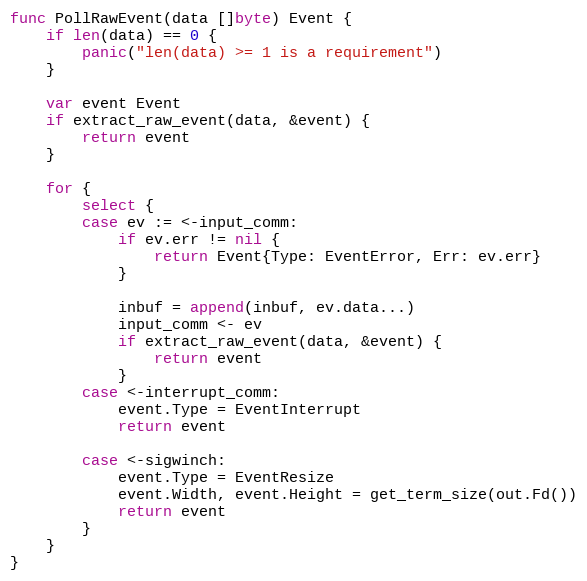
Language: Go
func PollRawEvent(data []byte) Event {
	if len(data) == 0 {
		panic("len(data) >= 1 is a requirement")
	}

	var event Event
	if extract_raw_event(data, &event) {
		return event
	}

	for {
		select {
		case ev := <-input_comm:
			if ev.err != nil {
				return Event{Type: EventError, Err: ev.err}
			}

			inbuf = append(inbuf, ev.data...)
			input_comm <- ev
			if extract_raw_event(data, &event) {
				return event
			}
		case <-interrupt_comm:
			event.Type = EventInterrupt
			return event

		case <-sigwinch:
			event.Type = EventResize
			event.Width, event.Height = get_term_size(out.Fd())
			return event
		}
	}
}